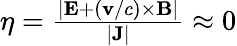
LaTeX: \begin{array}{r}{\eta=\frac{|\mathbf{E}+\left(\mathbf{v}/c\right)\times\mathbf{B}|}{|\mathbf{J}|}\approx 0}\end{array}